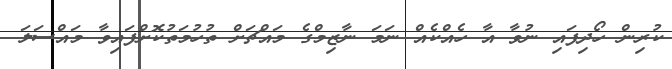
ކުރިން ހޯދިފައި ނުވާ އާ ހެއްކެއް ނަމަ ނާޒިމްގެ މައްޗަށް ތުހުމަތުކޮށްފައިވާ މައްސަލަ